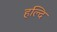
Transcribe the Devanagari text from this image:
हल्दि